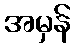
အမှန်